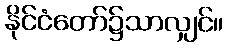
နိုင်ငံတော်၌သာလျှင်။